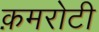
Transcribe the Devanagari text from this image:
क़मरोटी